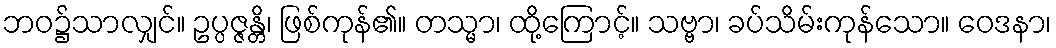
ဘဝ၌သာလျှင်။ ဥပ္ပဇ္ဇန္တိ၊ ဖြစ်ကုန်၏။ တသ္မာ၊ ထို့ကြောင့်။ သဗ္ဗာ၊ ခပ်သိမ်းကုန်သော။ ဝေဒနာ၊